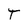
Character: T